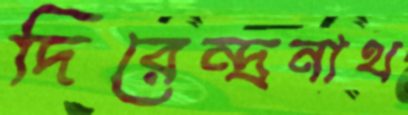
দিরেন্দ্রনাথ